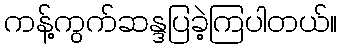
ကန့်ကွက်ဆန္ဒပြခဲ့ကြပါတယ်။